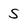
Character: S